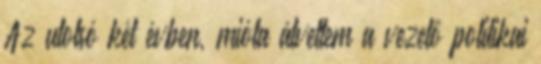
Az utolsó két évben, mióta átvettem a vezető politikai